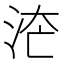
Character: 𱦇